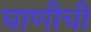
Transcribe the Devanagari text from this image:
घाणीची